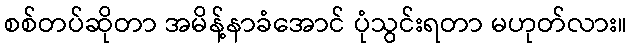
စစ်တပ်ဆိုတာ အမိန့်နာခံအောင် ပုံသွင်းရတာ မဟုတ်လား။